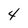
Character: 4